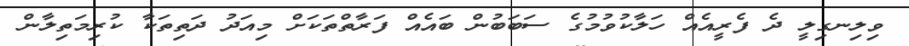
ވިލިނގިލީ ދެ ފެރީއެއް ހަލާކުވުމުގެ ސަބަބުން ބައެއް ފަރާތްތަކަށް މިއަދު ދަތިތަކާ ކުރިމަތިލާން